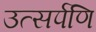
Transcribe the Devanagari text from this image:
उत्सर्पणि